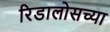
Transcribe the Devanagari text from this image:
रिडालोसच्या